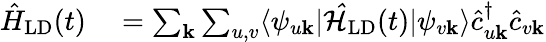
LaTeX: \begin{array}{rl}{\hat{H}_{\textrm{LD}}(t)}&{{}=\sum_{\mathbf{k}}\sum_{u,v}\langle\psi_{u\mathbf{k}}|\mathcal{\hat{H}}_{\textrm{LD}}(t)|\psi_{v\mathbf{k}}\rangle\hat{c}_{u\mathbf{k}}^{\dagger}\hat{c}_{v\mathbf{k}}}\end{array}